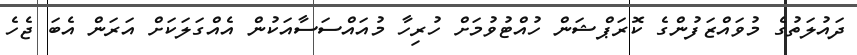
ދައުލަތުގެ މުވައްޒަފުންގެ ކޮރަޕްޝަން ހުއްޓުވުމަށް ހުރިހާ މުއައްސަސާއަކުން އެއްގަލަކަށް އަރަން އެބަ ޖެހެ